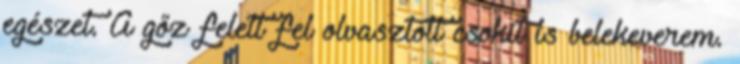
egészet. A gőz felett fel olvasztott csokit is belekeverem.